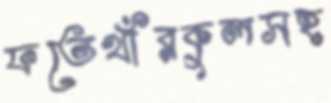
ফতেখাঁরকুলসহ